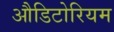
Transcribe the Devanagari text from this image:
औडिटोरियम